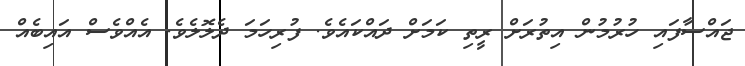
ޖައްސާފައި ހުރުމުން އިތުރަށް ރީތި ކަމަށް ދައްކައެވެ. ފުރިހަމަ ދެލޮލެވެ. އެއްވެސް އައިބެއް